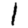
Digit: 1